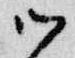
御